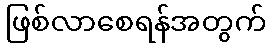
ဖြစ်လာစေရန်အတွက်